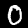
Digit: 0